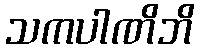
သကပါဏိဘိ